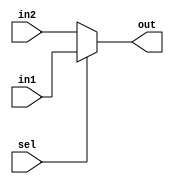
`timescale 1ns / 1ps
//////////////////////////////////////////////////////////////////////////////////
// Company: 
// Engineer: 
// 
// Design Name: 
// Module Name:    DATA_MEM_ADD_MUX 
// Project Name: 
// Target Devices: 
// Tool versions: 
// Description: 
//
// Dependencies: 
//
// Revision: 
// Revision 0.01 - File Created
// Additional Comments: 
//
//////////////////////////////////////////////////////////////////////////////////
module DATA_MEM_ADD_MUX(in1,in2,out,sel );
	input [4:0] in1,in2;
	output [4:0] out;
	input sel;
	assign out= sel ? in1: in2;

endmodule